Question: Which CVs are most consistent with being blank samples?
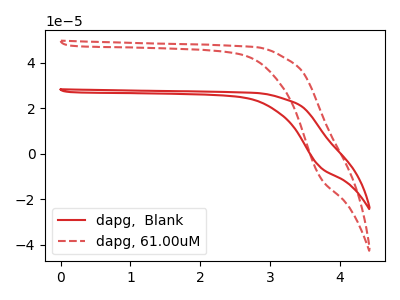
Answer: <think>The red curve "dapg,  Blank" has no peaks. The red dashed curve "dapg, 61.00uM" has no peaks.</think>
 <answer>"dapg,  Blank" and "dapg, 61.00uM" are likely to be blanks.</answer>
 <eval>"dapg,  Blank", "dapg, 61.00uM"</eval>